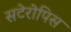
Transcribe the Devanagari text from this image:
सटेरोपिस